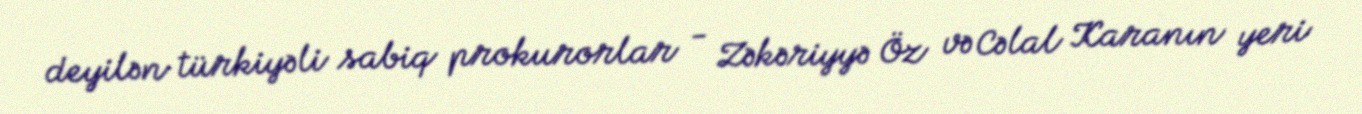
deyilən türkiyəli sabiq prokurorlar - Zəkəriyyə Öz və Cəlal Karanın yeri